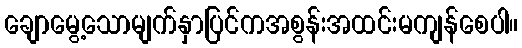
ချောမွေ့သောမျက်နှာပြင်ကအစွန်းအထင်းမကျန်စေပါ။